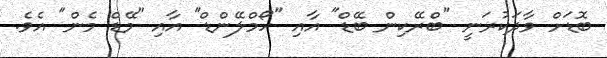
ބޮޑަށް ވާދަކުރަނީ "ބްރޭކިން ބޭޑް" އާއި "ހޯމްލޭންޑް" އާއި "މޭޑް މެން" އެވެ.